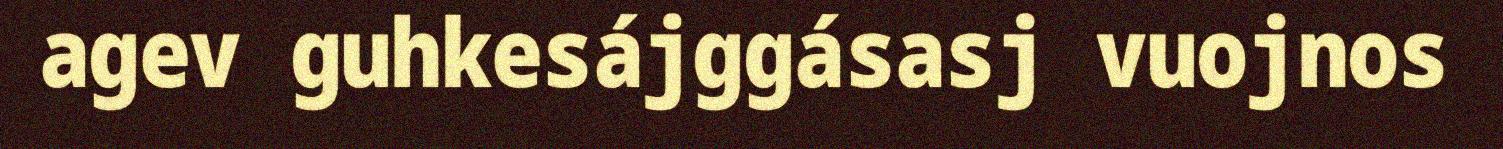
agev guhkesájggásasj vuojnos